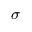
\sigma